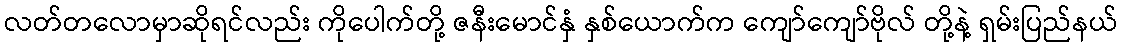
လတ်တလောမှာဆိုရင်လည်း ကိုပေါက်တို့ ဇနီးမောင်နှံ နှစ်ယောက်က ကျော်ကျော်ဗိုလ် တို့နဲ့ ရှမ်းပြည်နယ်